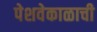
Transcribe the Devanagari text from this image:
पेशवेकाळाची